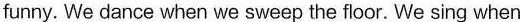
funny. We dance when we sweep the floor. We sing when